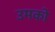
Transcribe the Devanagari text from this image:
उमको